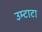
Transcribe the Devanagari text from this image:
उम्टाटा